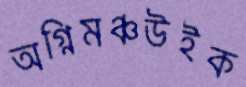
অগ্নিমঞ্চউইক